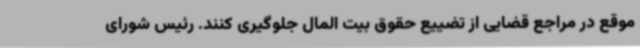
موقع در مراجع قضایی از تضییع حقوق بیت المال جلوگیری کنند. رئیس شورای